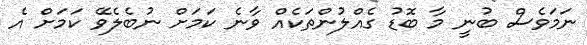
ނަމަވެސް ބުނީ މާ ބޮޑު ގެއްލުންތަކެއް ވާނެ ކަމަށް ނުބެލެވޭ ކަމަށް އެ